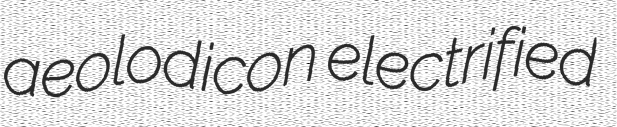
aeolodicon electrified